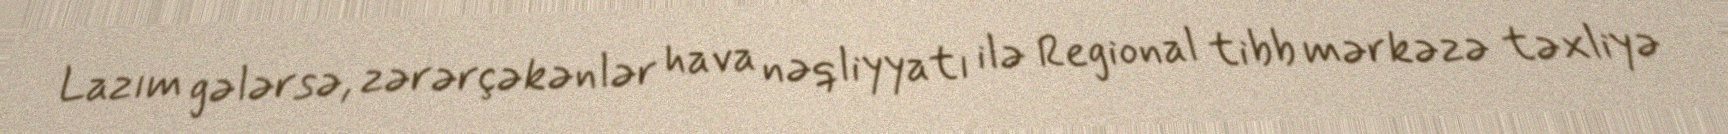
Lazım gələrsə, zərərçəkənlər hava nəqliyyatı ilə Regional tibb mərkəzə təxliyə